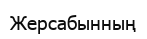
Жерсабынның